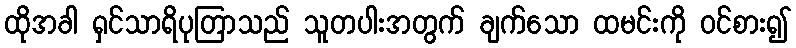
ထိုအခါ ရှင်သာရိပုတြာသည် သူတပါးအတွက် ချက်သော ထမင်းကို ဝင်စား၍